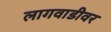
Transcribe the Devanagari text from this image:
लागवाडीवर